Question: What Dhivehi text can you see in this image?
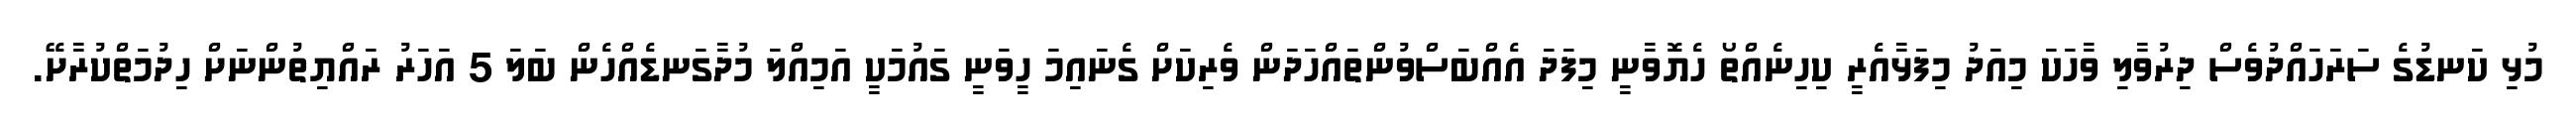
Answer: މުޅި ކަނޑުގެ ސަރަހައްދުވެސް ދިރުވާލި ވާހަކަ މިއަދު މިފަޅާއެރީ ކިހިނެއްތޯ ހެޔޮވާނީ މިފަދަ އެއްބަސްވުންތައްހަދަން ވެރިކަށް ގެނައިމަ ހީވަނީ ގައުމަކީ އަމިއްލަ މުދާގަނޑެއްހެން ބަލަ 5 އަހަރު ރައްޔިތުންނަށް ހިދުމަތްކުރާށޭ.